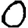
Digit: 0